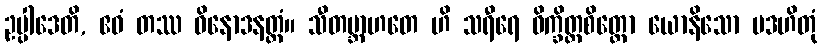
ဥပ္ပါဒေတိ, ဧဝံ တဿ ဝိနောဒနတ္ထံ။ သီတဗ္ဘာဟတေ ဟိ သရီရေ ဝိက္ခိတ္တစိတ္တော ယောနိသော ပဒဟိတုံ